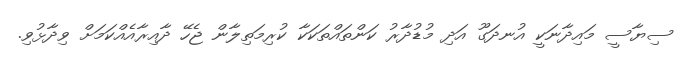
ސިޔާސީ މައިދާނަކީ އުނދަގޫ އަދި މުޑުދާރު ކަންތައްތަކަކާ ކުރިމަތިލާން ޖެހޭ ދާއިރާއެއްކަމަށް ވިދާޅުވި.